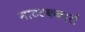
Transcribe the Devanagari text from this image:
नाटटककारों